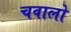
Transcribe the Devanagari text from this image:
चवालो